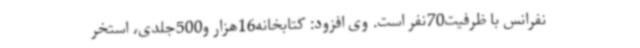
نفرانس با ظرفیت70نفر است. وی افزود: کتابخانه16هزار و500جلدی، استخر